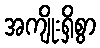
အကျိုးရှိစွာ